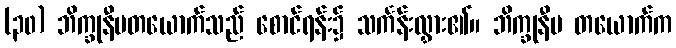
(၃၀) ဘိက္ခုနီမတယောက်သည် စောင်ရန်း၌ သင်္ကန်းလွှား၏။ ဘိက္ခုနီမ တယောက်က